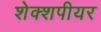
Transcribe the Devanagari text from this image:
शेक्शपीयर